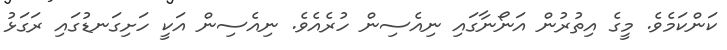
ކަންކަމެވެ. މީގެ އިތުރުން އަނޯނާގައި ނިއެސިން ހުރެއެވެ. ނިއެސިން އަކީ ހަށިގަނޑުގައި ރަގަޅު